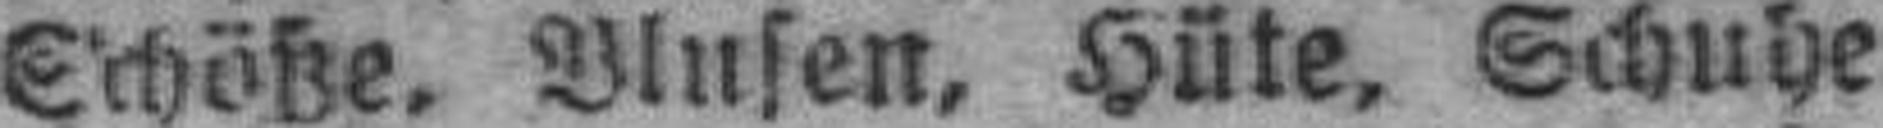
Schöße, Blusen, Hüte. Schuhe